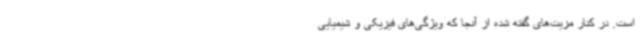
است. در کنار مزیت‌های گفته شده از آنجا که ویژگی‌های فیزیکی و شیمیایی